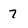
Character: 7